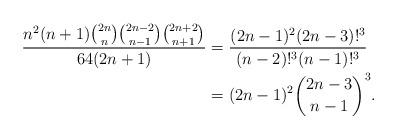
LaTeX: \begin{align*}\frac{ n^2 (n+1) \binom{2 n}{n} \binom{2 n-2}{n-1} \binom{2 n+2}{n+1}}{64(2n+1)}&=\frac{(2n-1)^2(2n-3)!^3}{(n-2)!^3(n-1)!^3}\\&=(2n-1)^2\binom{2n-3}{n-1}^3.\end{align*}